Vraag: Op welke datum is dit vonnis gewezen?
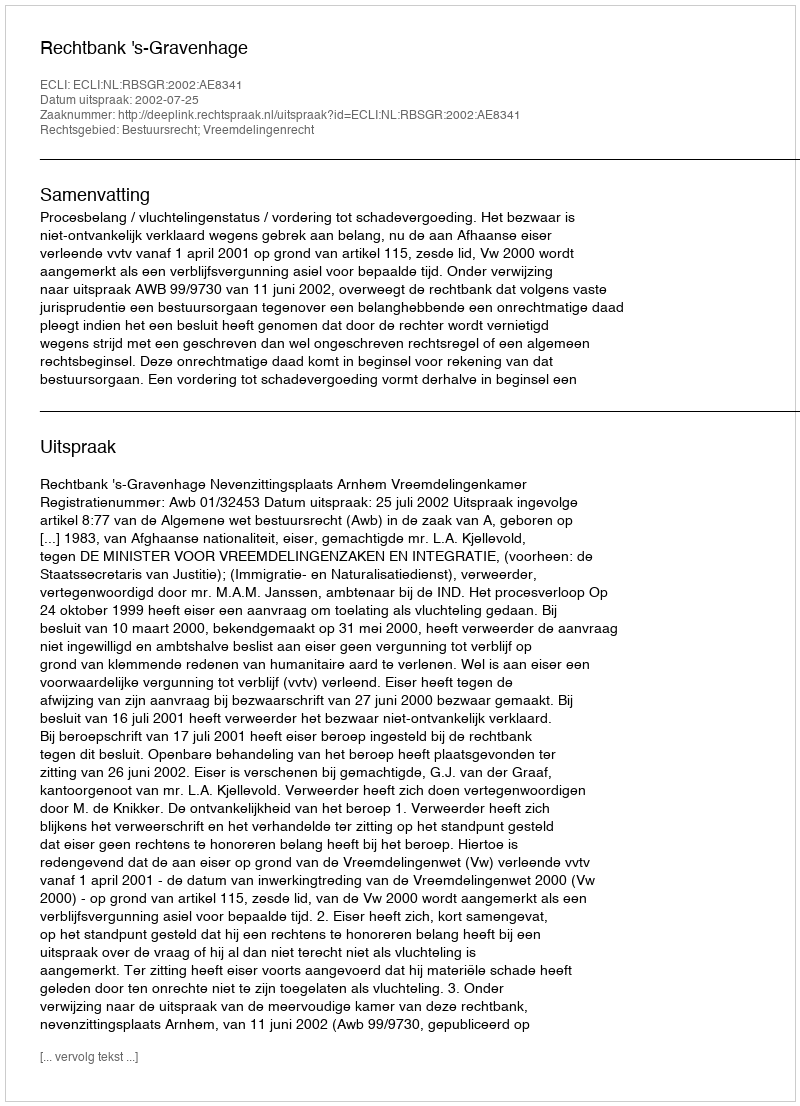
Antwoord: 2002-07-25